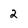
Character: 2